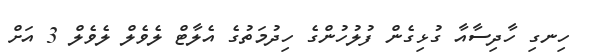
ހިނގި ހާދިސާއާ ގުޅިގެން ފުލުހުންގެ ހިދުމަތުގެ އެލާޓް ލެވެލް ލެވެލް 3 އަށް